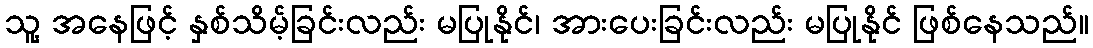
သူ့ အနေဖြင့် နှစ်သိမ့်ခြင်းလည်း မပြုနိုင်၊ အားပေးခြင်းလည်း မပြုနိုင် ဖြစ်နေသည်။